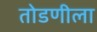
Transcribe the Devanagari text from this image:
तोडणीला